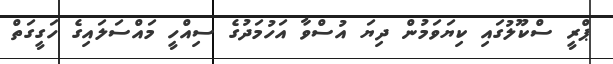
ޕްރީ ސްކޫލުގައި ކިޔަވަމުން ދިޔަ އުސްވާ އަހުމަދުގެ ސިއްހީ މައްސަލައިގެ ހަގީގަތް